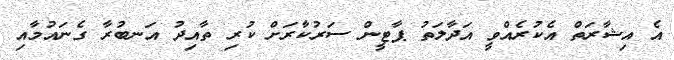
އެ އިޝާރަތް އެކުރެއްވީ އަދާލަތު ޕާޓީން ސަރުކާރަށް ކުރި ތާއިދު އަނބުރާ ގެނައުމާއި